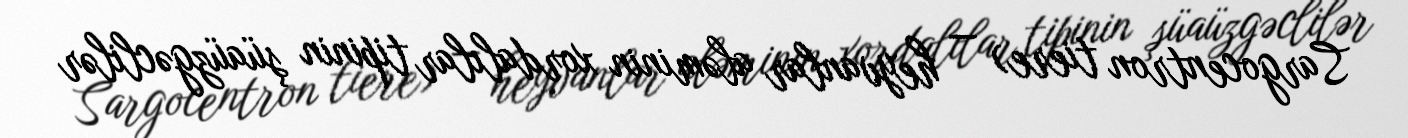
Sargocentron tiere) — heyvanlar aləminin xordalılar tipinin şüaüzgəclilər